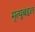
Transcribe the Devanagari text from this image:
मृत्यूबद्दल